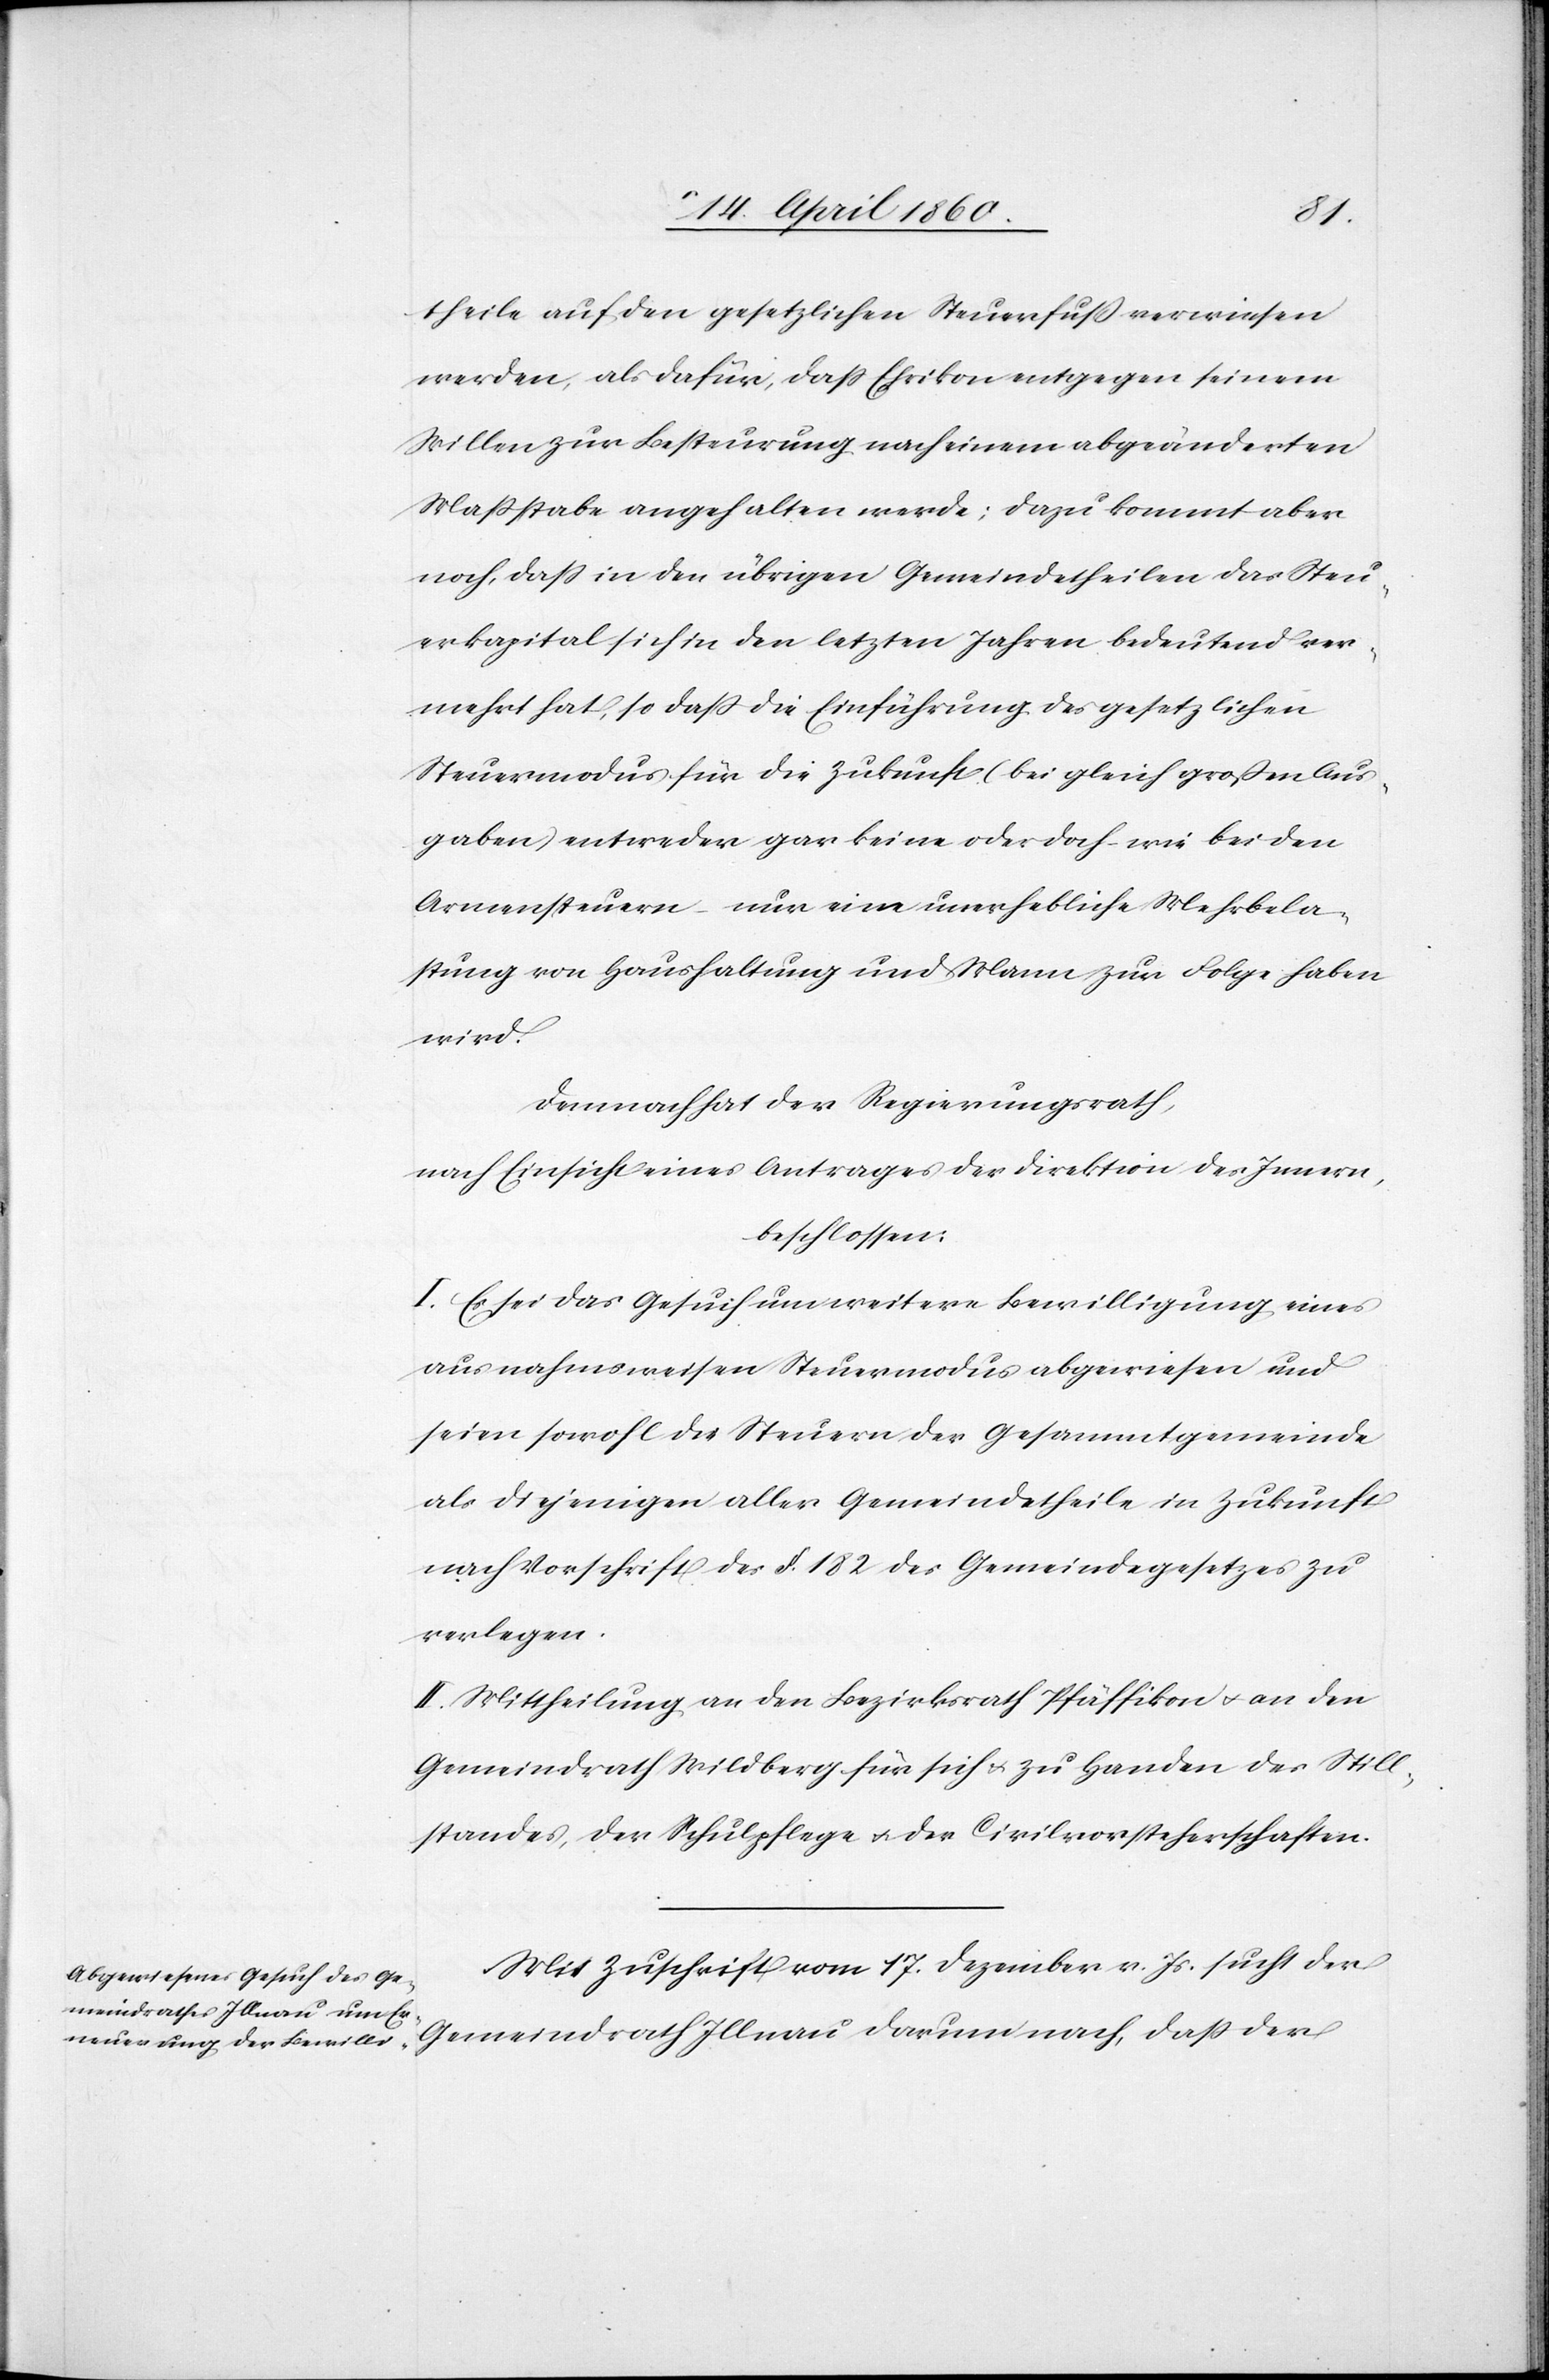
theile auf den gesetzlichen Steuerfuss verwiesen
werden, als dafür, dass Ehrikon entgegen seinem
Willen zur Besteuerung nach einem abgeänderten
Masstabe angehalten werde; dazu kommt aber
noch, dass in den übrigen Gemeindetheilen das Steu¬
erkapital sich in den letzten Jahren bedeutend ver¬
mehrt hat, so dass die Einführung des gesetzlichen
Steuermodus für die Zukunft (bei gleich grossen Aus¬
gaben) entweder gar keine oder doch wie bei den
Armensteuern – nur eine unerhebliche Mehrbela¬
stung von Haushaltung und Mann zur Folge haben
wird.
Demnach hat der Regierungsrath,
nach Einsicht eines Antrages der Direktion des Innern,
beschlossen:
I. Es sei das Gesuch um weitere Bewilligung eines
ausnahmsweisen Steuermodus abgewiesen und
seien sowohl die Steuern der Gesammtgemeinde
als diejenigen aller Gemeindetheile in Zukunft
nach Vorschrift des §. 182 des Gemeindegesetzes zu
verlegen.
II. Mittheilung an den Bezirksrath Pfäffikon u. an den
Gemeindrath Wildberg für sich u. zu Handen des Still¬
standes, der Schulpflege u. der Civilvorsteherschaften.
Mit Zuschrift vom 17. Dezember v. Js. sucht der
Gemeindrath Illnau darum nach, dass der